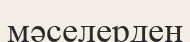
мәселерден